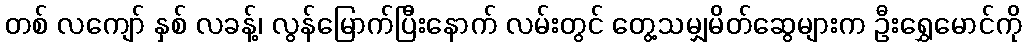
တစ် လကျော် နှစ် လခန့်၊ လွန်မြောက်ပြီးနောက် လမ်းတွင် တွေ့သမျှမိတ်ဆွေများက ဦးရွှေမောင်ကို